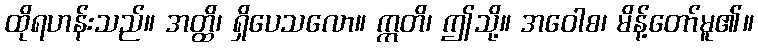
ထိုရဟန်းသည်။ အတ္ထိ၊ ရှိပေသလော။ ဣတိ၊ ဤသို့။ အဝေါစ၊ မိန့်တော်မူ၏။